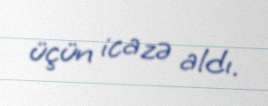
üçün icazə aldı.